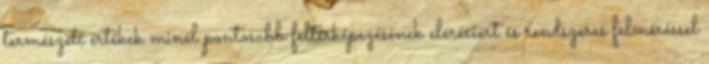
természeti értékek minél pontosabb feltérképezésének eléréséért és rendszeres felméréssel